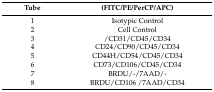
<table><thead><tr><td><b>Tube</b></td><td><b>(FITC/PE/PerCP/APC)</b></td></tr></thead><tbody><tr><td>1</td><td>Isotypic Control</td></tr><tr><td>2</td><td>Cell Control</td></tr><tr><td>3</td><td>/CD31/CD45/CD34</td></tr><tr><td>4</td><td>CD24/CD90/CD45/CD34</td></tr><tr><td>5</td><td>CD44H/CD54/CD45/CD34</td></tr><tr><td>6</td><td>CD73/CD106/CD45/CD34</td></tr><tr><td>7</td><td>BRDU/-/7AAD/-</td></tr><tr><td>8</td><td>BRDU/CD106 /7AAD/CD34</td></tr></tbody></table>